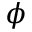
\phi